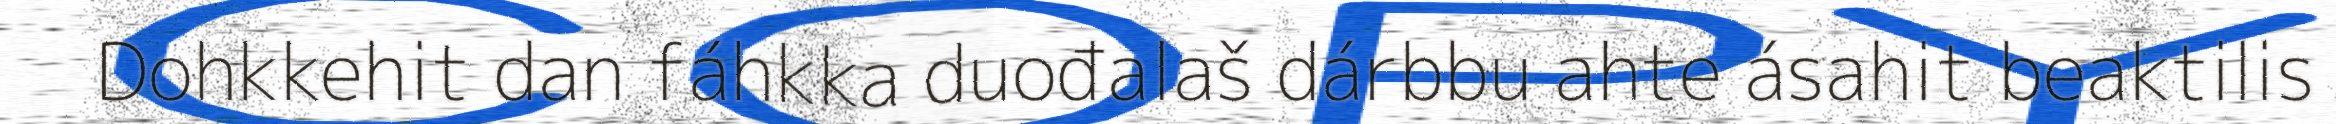
Dohkkehit dan fáhkka duođalaš dárbbu ahte ásahit beaktilis